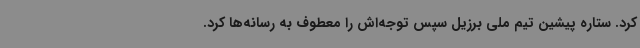
کرد. ستاره پیشین تیم ملی برزیل سپس توجه‌اش را معطوف به رسانه‌ها کرد.